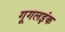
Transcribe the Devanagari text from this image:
गूगलइंक